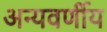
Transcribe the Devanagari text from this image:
अन्यवर्णीय